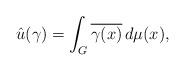
LaTeX: \begin{align*}\hat u(\gamma) = \int_G \overline{\gamma(x)}\,d\mu(x),\end{align*}